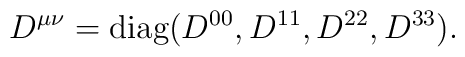
D^{\mu\nu}=\mbox{diag}(D^{00},D^{11},D^{22},D^{33}).